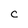
Character: c